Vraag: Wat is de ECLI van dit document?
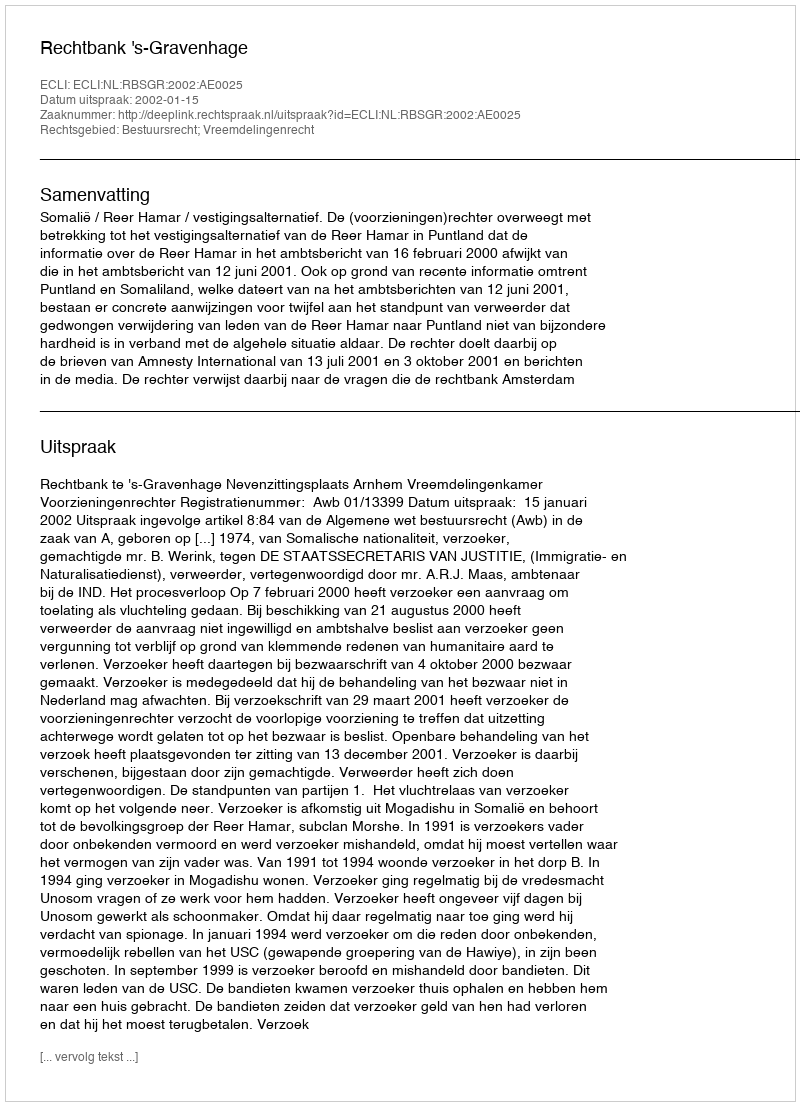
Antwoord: ECLI:NL:RBSGR:2002:AE0025